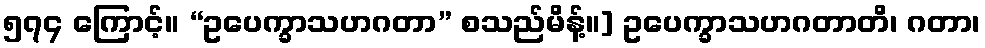
၅၇၄ ကြောင့်။ “ဥပေက္ခာသဟဂတာ” စသည်မိန့်။] ဥပေက္ခာသဟဂတာတိ၊ ဂတာ၊